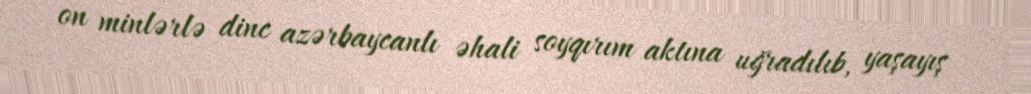
on minlərlə dinc azərbaycanlı əhali soyqırım aktına uğradılıb, yaşayış